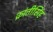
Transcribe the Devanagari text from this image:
क्रांतीसिंह